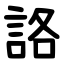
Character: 詻